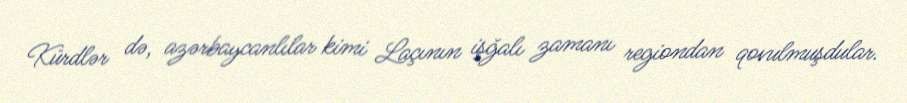
Kürdlər də, azərbaycanlılar kimi Laçının işğalı zamanı regiondan qovulmuşdular.